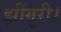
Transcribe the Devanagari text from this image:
झींगुरी।